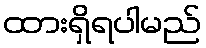
ထားရှိရပါမည်